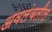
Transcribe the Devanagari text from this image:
अवलंबतील